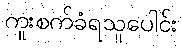
ကူးစက်ခံရသူပေါင်း